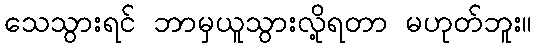
သေသွားရင် ဘာမှယူသွားလို့ရတာ မဟုတ်ဘူး။